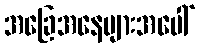
အခြေအနေများအပေါ်